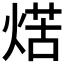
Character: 𤋼